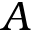
A